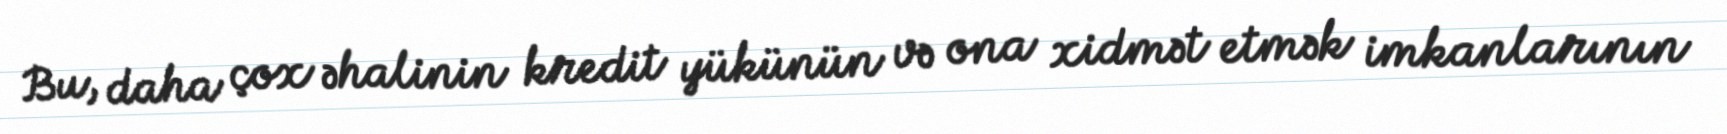
Bu, daha çox əhalinin kredit yükünün və ona xidmət etmək imkanlarının